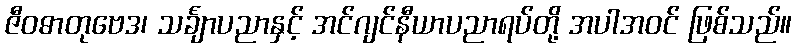
ဇီဝဓာတုဗေဒ၊ သင်္ချာပညာနှင့် အင်ဂျင်နီယာပညာရပ်တို့ အပါအဝင် ဖြစ်သည်။